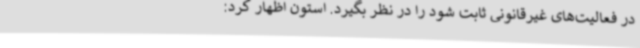
در فعالیت‌های غیرقانونی ثابت شود را در نظر بگیرد. استون اظهار کرد: